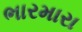
ભારમારા